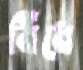
বিঁধে